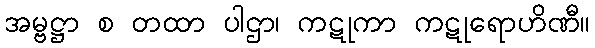
အမ္ဗဋ္ဌာ စ တထာ ပါဌာ၊ ကဋုကာ ကဋုရောဟိဏီ။